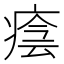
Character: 𤷜